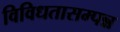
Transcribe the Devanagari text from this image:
विविधतासम्पन्न